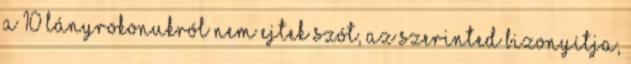
a 10 lányrokonukról nem ejtek szót, az szerinted bizonyítja,